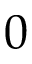
0